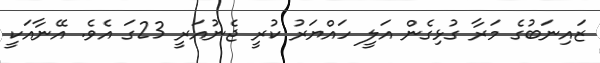
ޒައިނަބުގެ މަރާ ގުޅިގެން އަލީ ހައްޔަރު ކުރީ ޖެނުއަރީ 23ގަ އެވެ. އޭނާއަކީ